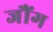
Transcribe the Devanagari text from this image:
जौंग